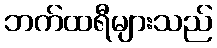
ဘက်ထရီများသည်